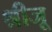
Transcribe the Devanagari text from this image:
श्रीजू